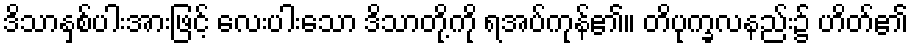
ဒိသာနှစ်ပါးအားဖြင့် လေးပါးသော ဒိသာတို့ကို ရအပ်ကုန်၏။ တိပုက္ခလနည်း၌ ဟိတ်၏